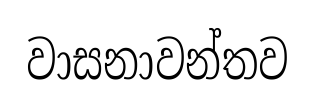
වාසනාවන්තව